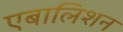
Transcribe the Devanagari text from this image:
एबालिशन